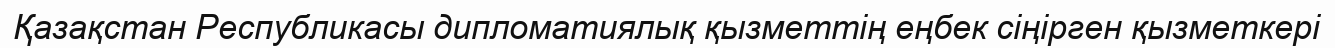
Қазақстан Республикасы дипломатиялық қызметтің еңбек сіңірген қызметкері